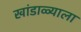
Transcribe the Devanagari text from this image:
खांडाळ्याला